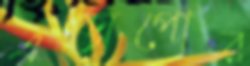
এক্সপোর